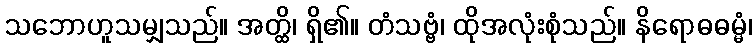
သဘောဟူသမျှသည်။ အတ္ထိ၊ ရှိ၏။ တံသဗ္ဗံ၊ ထိုအလုံးစုံသည်။ နိရောဓဓမ္မံ၊